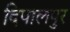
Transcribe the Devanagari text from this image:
दिपालपुर